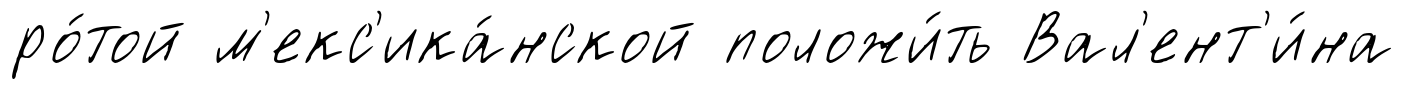
ро́той м'екс'ика́нской положи́ть Вал'ент'и́на